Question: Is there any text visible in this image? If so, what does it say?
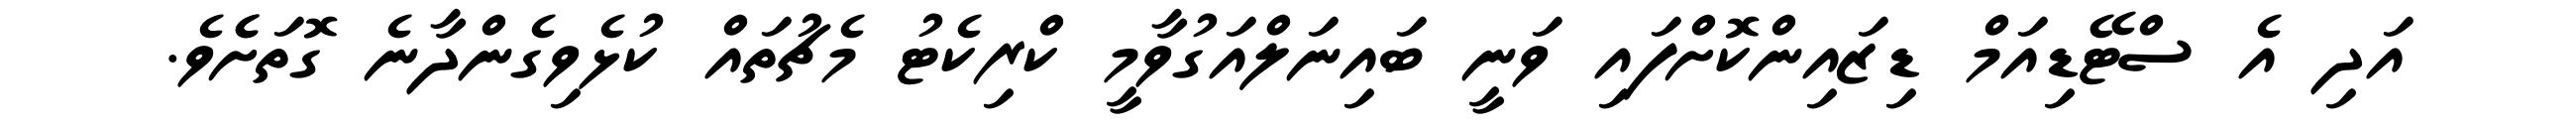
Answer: އަދި އެ ސްޓޭޑިއަމް ޑިޒައިންކޮށްފައި ވަނީ ބައިނަލްއަގުވާމީ ކްރިކެޓު މެޗުތައް ކުޅެވިގެންދާނެ ގޮތަށެެވެ.